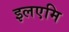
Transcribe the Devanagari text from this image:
इलएमि